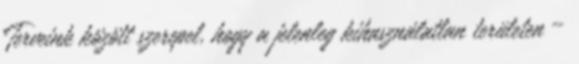
Terveink között szerepel, hogy a jelenleg kihasználatlan területen –